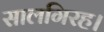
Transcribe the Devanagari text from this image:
सालगिरह।